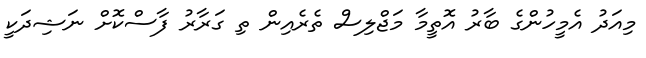
މިއަދު އެމީހުންގެ ބާރު އޮތީމާ މަޖްލިސް ތެރެއިން ތި ގަރާރު ފާސްކޮށް ނަޝިދަކީ